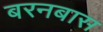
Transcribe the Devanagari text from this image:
बरनबास